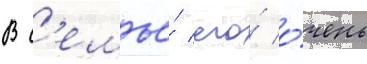
В с'емье́ его́ о́чень